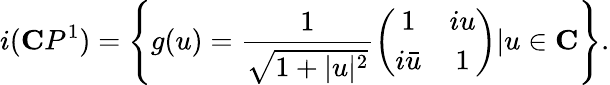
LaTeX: i(\mathbf{C}P^{1})=\left\{ g(u)=\frac{1}{\sqrt{1+|u|^{2}}}\left(\begin{array}{cc}{{1}}&{{iu}}\\ {{i\bar{u}}}&{{1}}\end{array}\right)|u\in\mathbf{C}\right\} .